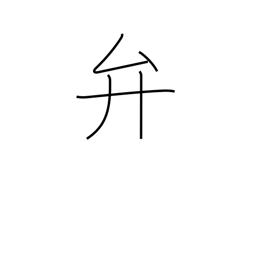
Meaning: dispose of